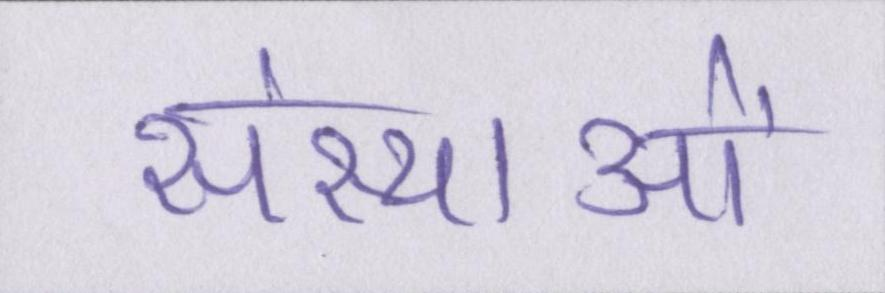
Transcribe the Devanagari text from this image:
संस्थाओं